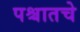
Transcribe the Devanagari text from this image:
पश्चातचे